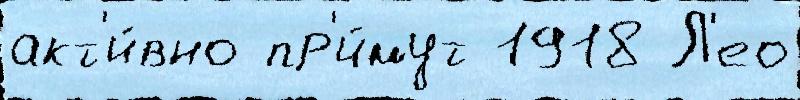
акт'и́вно пр'и́мут 1918 Л'ео